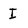
Character: I